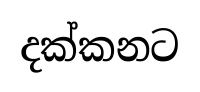
දක්කනට